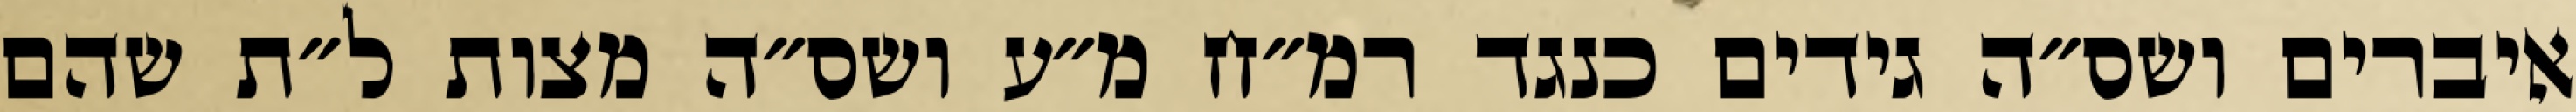
איברים ושס״ה גידים כנגד רמ״ח מ״ע ושס״ה מצות ל״ת שהם